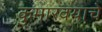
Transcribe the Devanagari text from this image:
कुमारवयाचे